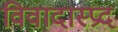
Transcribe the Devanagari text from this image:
विवादास्प्रद